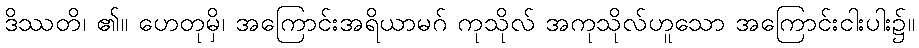
ဒိဿတိ၊ ၏။ ဟေတုမှိ၊ အကြောင်းအရိယာမဂ် ကုသိုလ် အကုသိုလ်ဟူသော အကြောင်းငါးပါး၌။